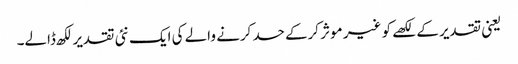
یعنی تقدیر کے لکھے کو غیر موثر کرکے حسد کرنے والے کی ایک نئی تقدیر لکھ ڈالے۔